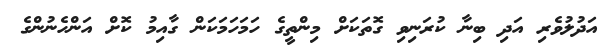
އަދުލުވެރި އަދި ބިނާ ކުރަނިވި ގޮތަކަށް މިންތީގެ ހަމަހަމަކަން ގާއިމު ކޮށް އަންހެނުންގެ